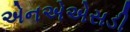
એનએએસડી